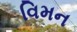
વિમન